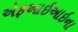
એફઆઇઆઇના